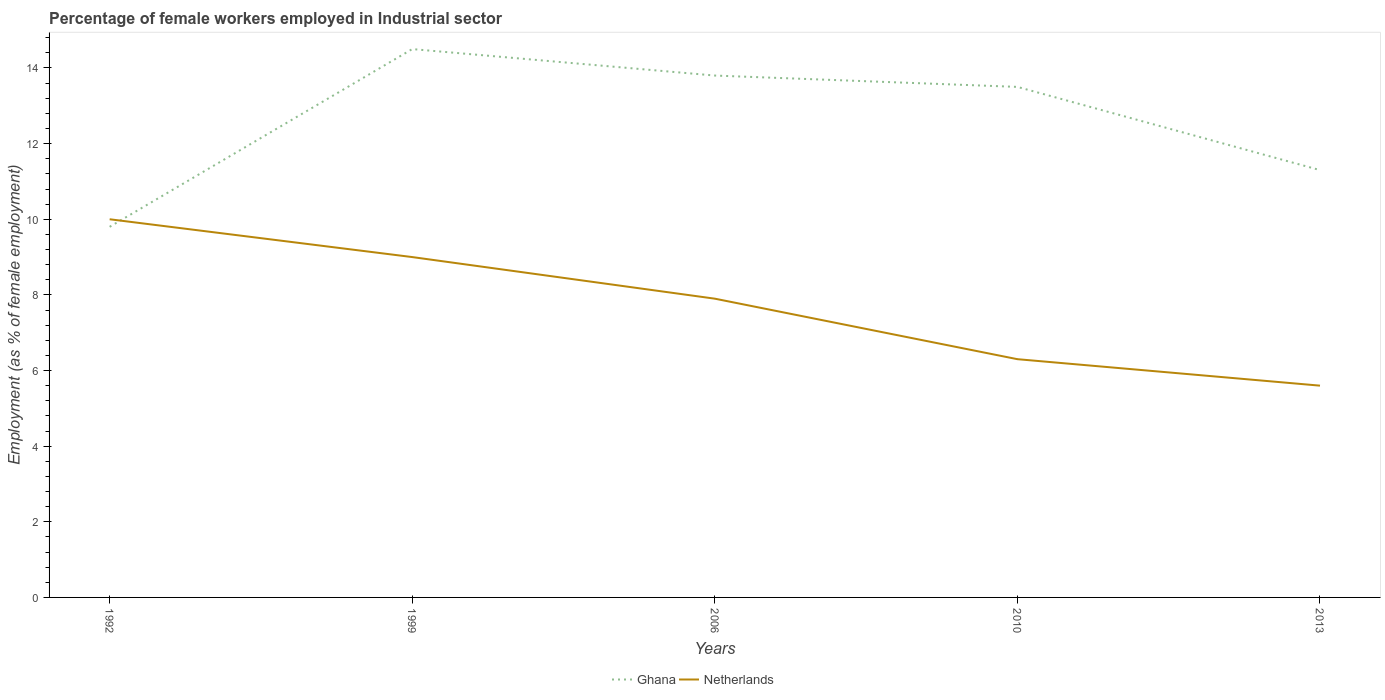
| Years | Ghana | Netherlands |
 | --- | --- | --- |
 | 1992 | 9.8 | 10 |
 | 1999 | 14.5 | 9 |
 | 2006 | 13.8 | 7.9 |
 | 2010 | 13.5 | 6.3 |
 | 2013 | 11.3 | 5.6 |